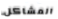
المشاكل